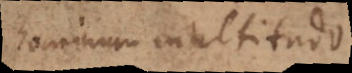
hominum multitudo